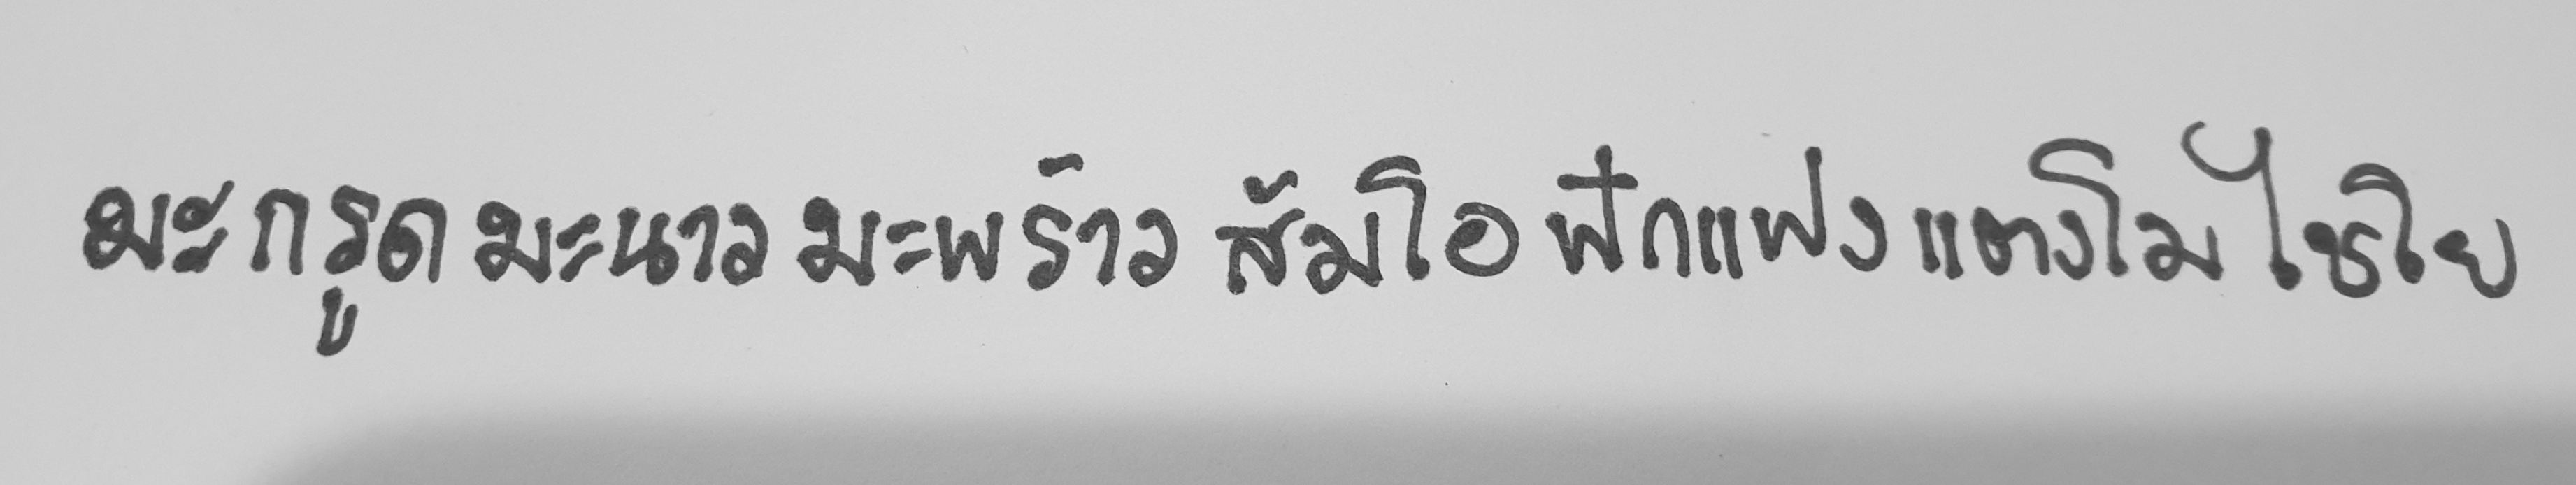
มะกรูด มะนาว มะพร้าว สัมโอ ฟักแฟง แตงโม ไชโย